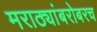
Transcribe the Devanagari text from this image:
मराठ्यांबरोबरच